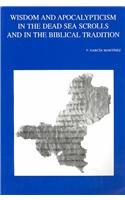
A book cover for Wisdom and Apocalypticism in the Dead Sea Scrolls and in the Biblical Tradition (Bibliotheca Ephemeridum Theologicarum Lovaniensium); F Garcia Martinez; Christian Books & Bibles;